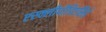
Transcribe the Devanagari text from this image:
एस्क्लीपीडिएसिई